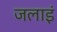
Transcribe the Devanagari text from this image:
जलाइं